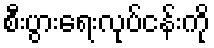
စီးပွားရေးလုပ်ငန်းကို